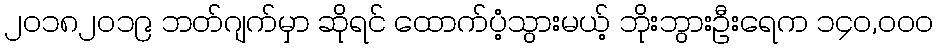
၂၀၁၈၂၀၁၉ ဘတ်ဂျက်မှာ ဆိုရင် ထောက်ပံ့သွားမယ့် ဘိုးဘွားဦးရေက ၁၄၀,၀၀၀